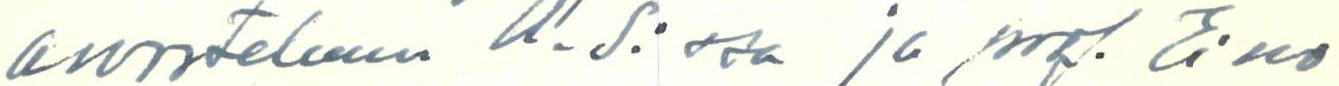
arvosteluun U.S:ssa ja prof. Eino